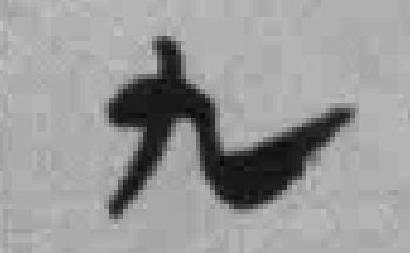
九